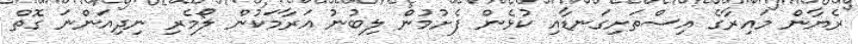
ރެޔާން މައިރާގެ އިސްތަށިގަނޑާއި ކުޅެން ފެށުމުން ލިބުނު އަރާމަކުން ލޯމެރި ނިދިއަންނަ ގޮތް